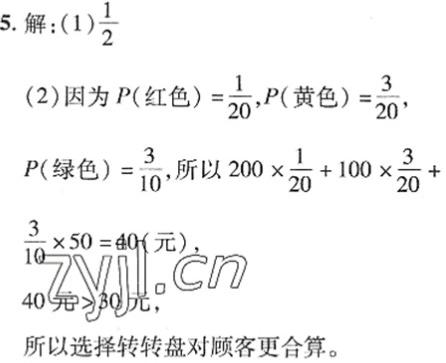
5. 解：(1)$\frac{1}{2}$

(2) 因为$P(\text{红色}) = \frac{1}{20},P(\text{黄色}) = \frac{3}{20},$
$P(\text{绿色}) = \frac{3}{10}$, 所以$200\times\frac{1}{20}+100\times\frac{3}{20}+$
$\frac{3}{10}\times50 = 40(\text{元}),$
$40\text{元}>30\text{元},$
所以选择转转盘对顾客更合算。